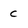
Character: C